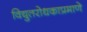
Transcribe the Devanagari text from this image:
विद्युतरोधकाप्रमाणे